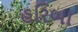
હરિબા